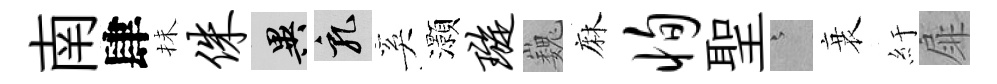
南肆抺侏异乳奚灝璇巍麻恂聖澹衰紆扉